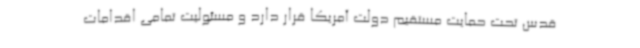
قدس تحت حمایت مستقیم دولت آمریکا قرار دارد و مسئولیت تمامی اقدامات